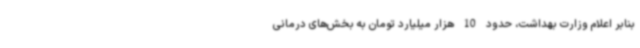
بنابر اعلام وزارت بهداشت، حدود 10 هزار میلیارد تومان به بخش‌های درمانی